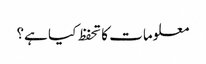
معلومات کا تحفظ کیا ہے؟